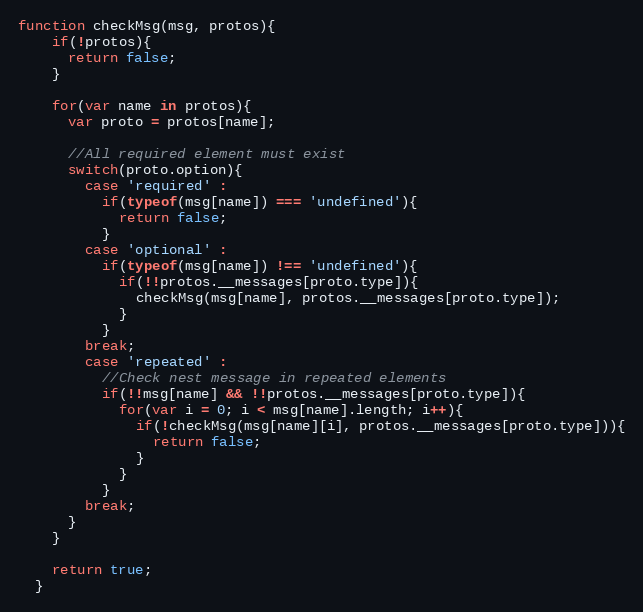
Language: JavaScript
function checkMsg(msg, protos){
    if(!protos){
      return false;
    }

    for(var name in protos){
      var proto = protos[name];

      //All required element must exist
      switch(proto.option){
        case 'required' :
          if(typeof(msg[name]) === 'undefined'){
            return false;
          }
        case 'optional' :
          if(typeof(msg[name]) !== 'undefined'){
            if(!!protos.__messages[proto.type]){
              checkMsg(msg[name], protos.__messages[proto.type]);
            }
          }
        break;
        case 'repeated' :
          //Check nest message in repeated elements
          if(!!msg[name] && !!protos.__messages[proto.type]){
            for(var i = 0; i < msg[name].length; i++){
              if(!checkMsg(msg[name][i], protos.__messages[proto.type])){
                return false;
              }
            }
          }
        break;
      }
    }

    return true;
  }